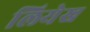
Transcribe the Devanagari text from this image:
लियेख